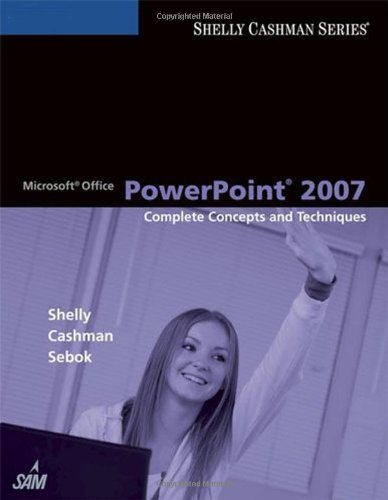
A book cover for Microsoft Office PowerPoint 2007: Complete Concepts and Techniques (Available Titles Skills Assessment Manager (SAM) - Office 2007); Gary B. Shelly; Computers & Technology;